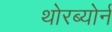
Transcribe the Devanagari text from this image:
थोरब्योर्न